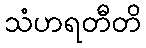
သံဟရတီတိ